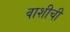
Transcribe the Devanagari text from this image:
वाशीची